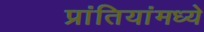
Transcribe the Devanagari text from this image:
प्रांतियांमध्ये